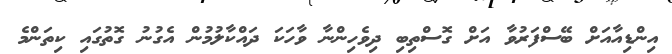
އިންޑިއާއަށް ބޭސްފަރުވާ އަށް ގޮސްތިބި ދިވެހިންނާ ވާހަކަ ދައްކާލުމުން އެގުނު ގޮތުގައި ކިތަންމެ